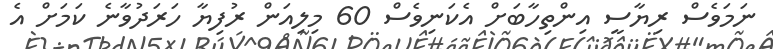
ނަމަވެސް ރިޔާސީ އިންތިހާބަށް އެކަނިވެސް 60 މިލިއަން ރުފިޔާ ހަރަދުވާނެ ކަމަށް އެ